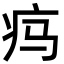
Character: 𬏜